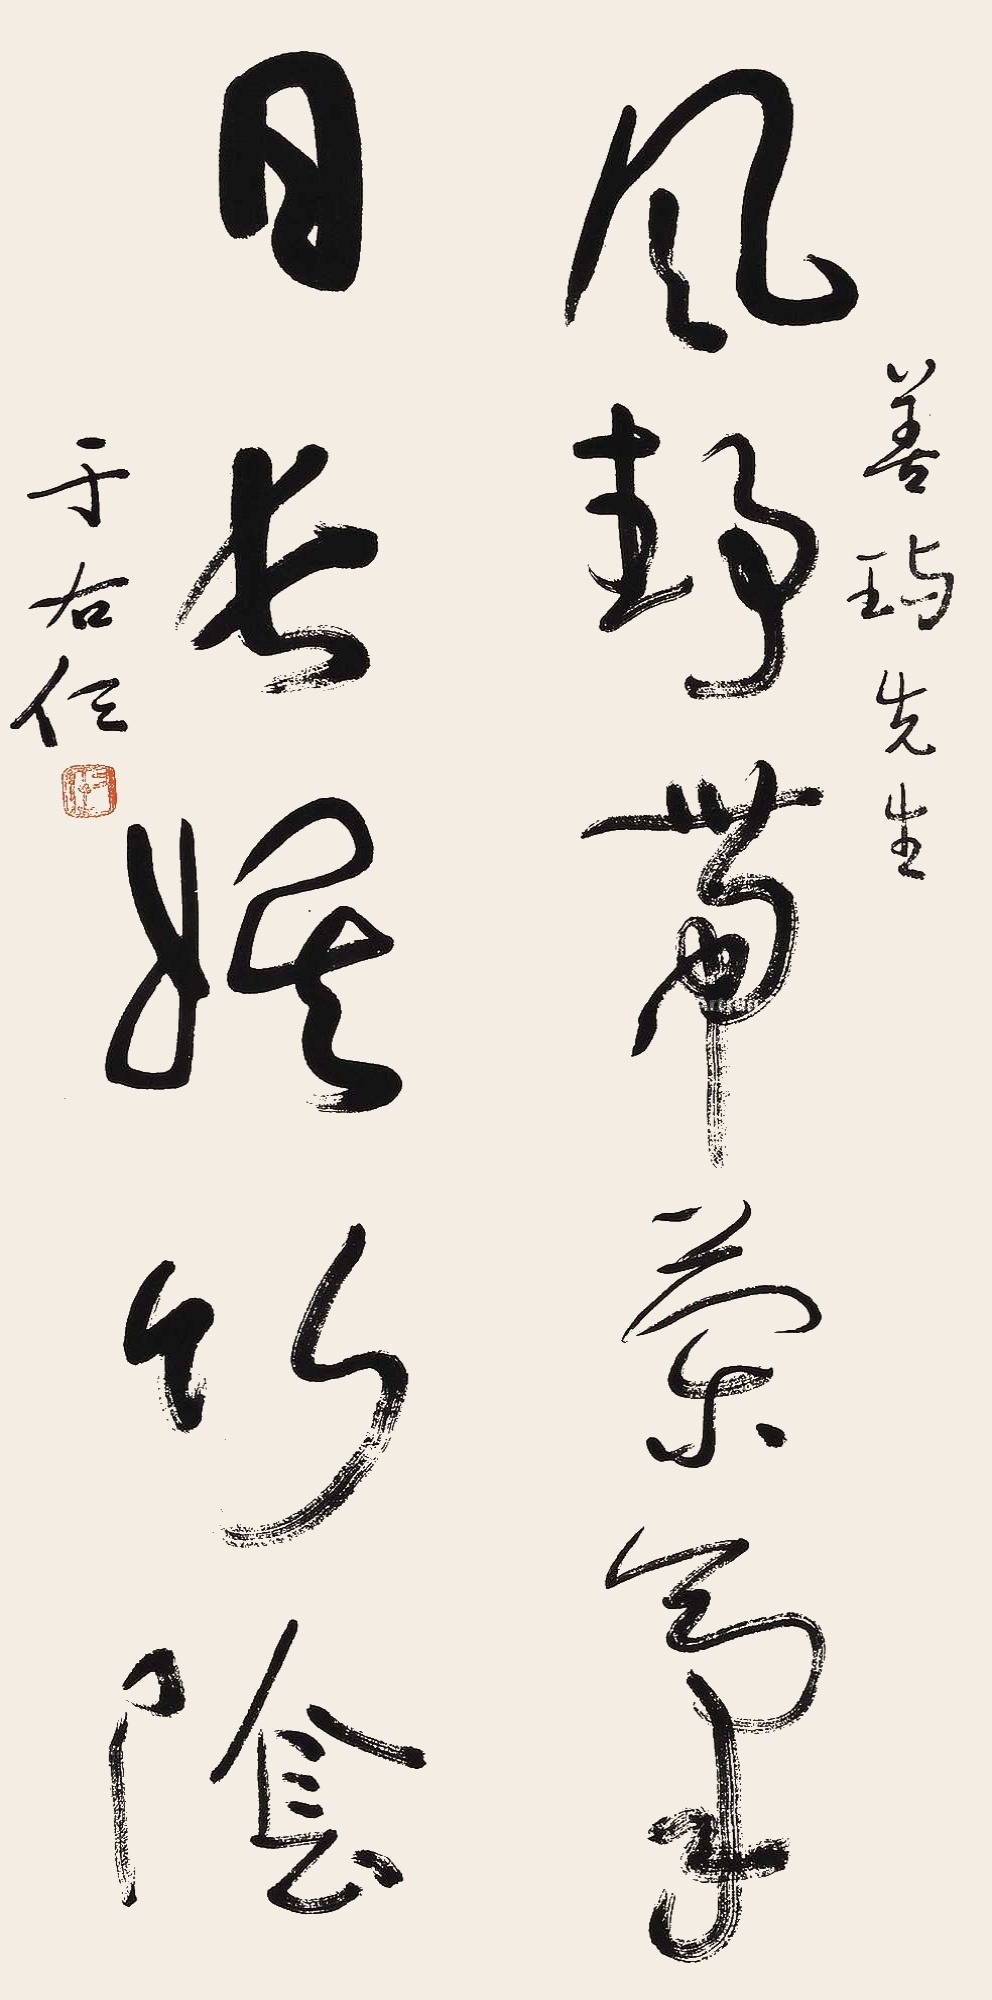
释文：风静带兰气，日长娱竹阴。善玙先生。于右任。